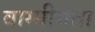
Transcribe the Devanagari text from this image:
वाग्मीयता